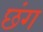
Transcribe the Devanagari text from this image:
छंग